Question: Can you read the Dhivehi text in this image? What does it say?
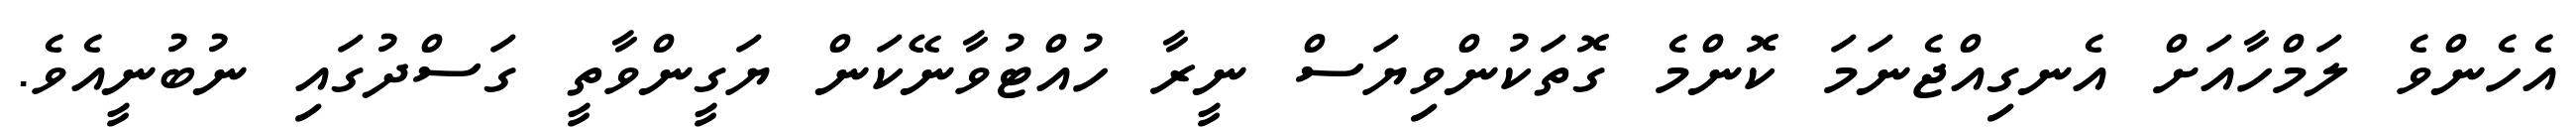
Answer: އެހެންވެ ލަމްހާއަށް އެނގިއްޖެނަމަ ކޮންމެ ގޮތަކުންވިޔަސް ނީރާ ހުއްޓުވާނޭކަން ޔަގީންވާތީ ގަސްދުގައި ނުބުނީއެވެ.